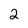
Character: 2